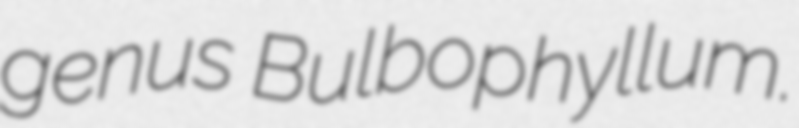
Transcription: genus Bulbophyllum.